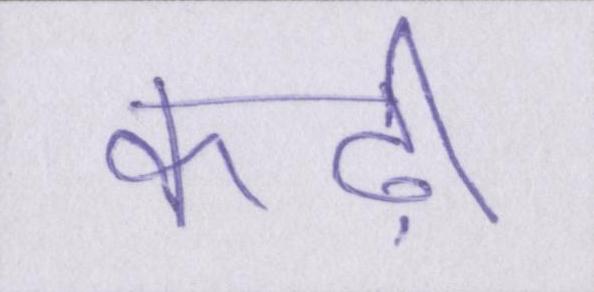
कढ़ी